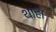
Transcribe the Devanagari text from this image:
थाहा